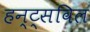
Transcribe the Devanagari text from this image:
हन्ट्सविल